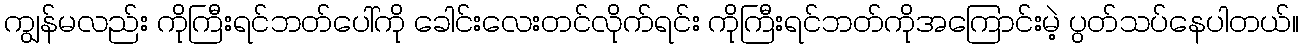
ကျွန်မလည်း ကိုကြီးရင်ဘတ်ပေါ်ကို ခေါင်းလေးတင်လိုက်ရင်း ကိုကြီးရင်ဘတ်ကိုအကြောင်းမဲ့ ပွတ်သပ်နေပါတယ်။